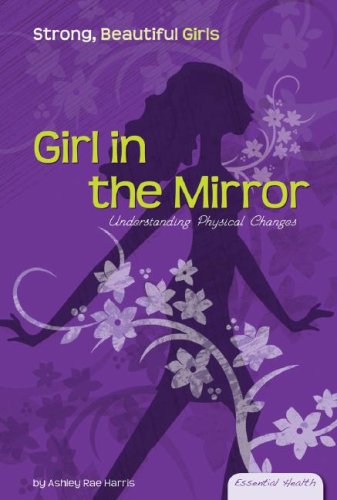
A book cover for Girl in the Mirror: Understanding Physical Changes (Essential Health: Strong Beautiful Girls); Ashley Rae Harris; Teen & Young Adult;